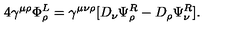
4 \gamma ^ { \mu \rho } \Phi _ { \rho } ^ { L } = \gamma ^ { \mu \nu \rho } [ D _ { \nu } \Psi _ { \rho } ^ { R } - D _ { \rho } \Psi _ { \nu } ^ { R } ] .